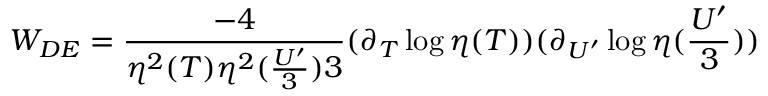
{ \cal W } _ { D E } = \frac { - 4 } { \eta ^ { 2 } ( T ) \eta ^ { 2 } ( \frac { U ^ { \prime } } { 3 } ) 3 } ( \partial _ { T } \log \eta ( T ) ) ( \partial _ { U ^ { \prime } } \log \eta ( \frac { U ^ { \prime } } { 3 } ) )